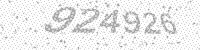
Solution: 924926